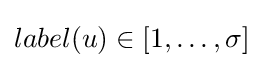
label(u)\in [1,\dots ,\sigma ]